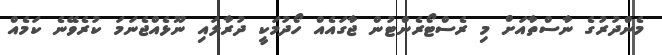
މެންދުރުގެ ނާސްތާއަށް މި ރެސްޓޯރެންޓުން ޖާގައެއް ހޯދުމަކީ ދުރާލައި ނޫޅެއްޖެނަމަ ކުރެވޭނެ ކަމެއް